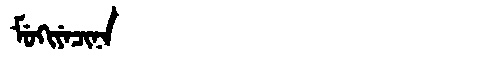
Manchu: ᠮᡠᡴᡳᠶᡝᠴᡳᠨᠠ
Romanization: MUKIYECINA